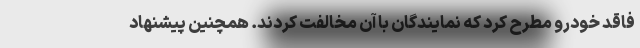
فاقد خودرو مطرح کرد که نمایندگان با آن مخالفت کردند. همچنین پیشنهاد